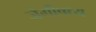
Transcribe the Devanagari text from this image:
जैगीषध्य